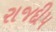
રાજદીપ